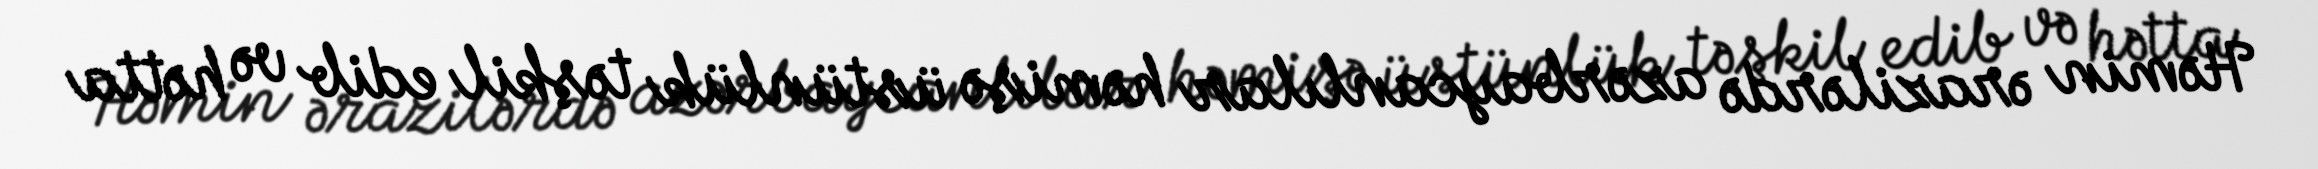
Həmin ərazilərdə azərbaycanlılar həmişə üstünlük təşkil edib və hətta